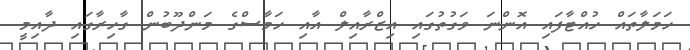
ހަމަލާތައް ހުއްޓާފައި އޮންނަ ވަގުތުގައި އިޒްރާއިލް އާއި ހަމާސްގެ މަންދޫބުން ގާހިރާގައި ދާއިމީ